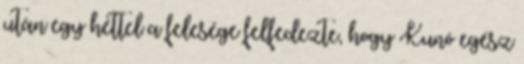
után egy héttel a felesége felfedezte, hogy Kunó egész